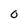
Character: 0